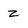
Character: z